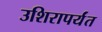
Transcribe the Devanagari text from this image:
उशिरापर्यंत